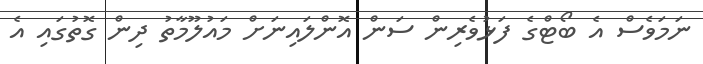
ނަމަވެސް އެ ބޯޓްގެ ފަޅުވެރިން ސަން އޮންލައިނަށް މައުލޫމާތު ދިން ގޮތުގައި އެ